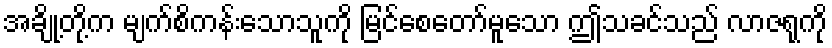
အချို့တို့က မျက်စိကန်းသောသူကို မြင်စေတော်မူသော ဤသခင်သည် လာဇရုကို